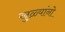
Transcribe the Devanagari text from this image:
खुळ्यांनो